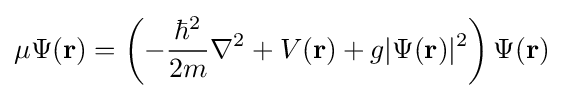
\mu \Psi (\mathbf {r} )=\left(-{\frac {\hbar ^{2}}{2m}}\nabla ^{2}+V(\mathbf {r} )+g|\Psi (\mathbf {r} )|^{2}\right)\Psi (\mathbf {r} )